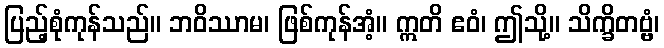
ပြည့်စုံကုန်သည်။ ဘဝိဿာမ၊ ဖြစ်ကုန်အံ့။ ဣတိ ဧဝံ၊ ဤသို့။ သိက္ခိတဗ္ဗံ၊